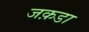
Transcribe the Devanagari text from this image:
जक़डा